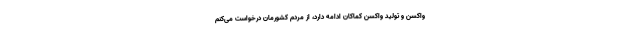
واکسن و تولید واکسن کماکان ادامه دارد، از مردم کشورمان درخواست می‌کنم